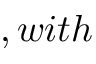
, w i t h